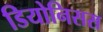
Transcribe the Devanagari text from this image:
डियोनिसस